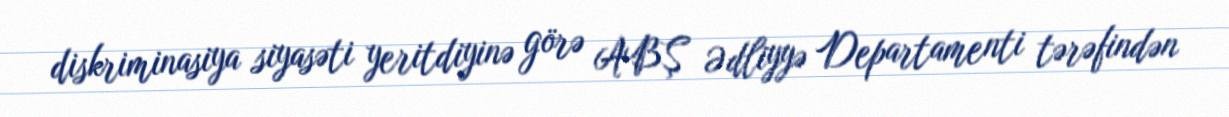
diskriminasiya siyasəti yeritdiyinə görə ABŞ Ədliyyə Departamenti tərəfindən